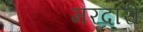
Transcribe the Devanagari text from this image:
मरदारी